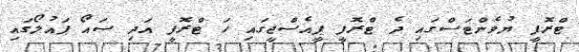
ޓްރޮފީ ޔުވެންޓަސްގައި ދެ ޓްރޮފީ ޕީއެސްޖީގައި ހަ ޓްރޮފީ އަދި ސައޯ ޕައުލޯގައި